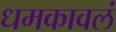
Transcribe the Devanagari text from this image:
धमकावलं